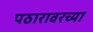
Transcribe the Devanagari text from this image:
पठारावरच्या